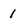
Character: 1